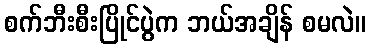
စက်ဘီးစီးပြိုင်ပွဲက ဘယ်အချိန် စမလဲ။